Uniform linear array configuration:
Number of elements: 16
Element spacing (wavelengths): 0.5
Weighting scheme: cosine
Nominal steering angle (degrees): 15
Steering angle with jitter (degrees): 16.59
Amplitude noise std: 0.05
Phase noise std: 0.05

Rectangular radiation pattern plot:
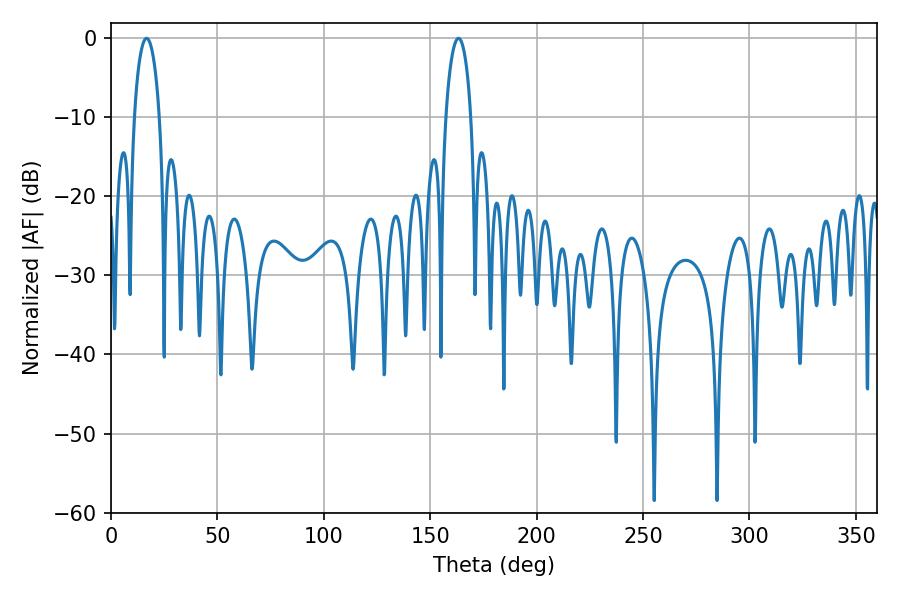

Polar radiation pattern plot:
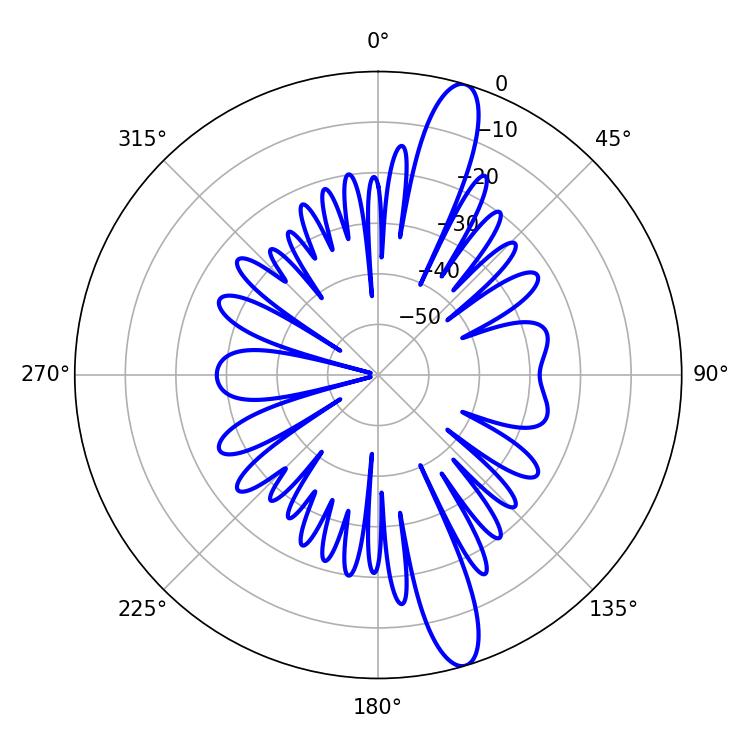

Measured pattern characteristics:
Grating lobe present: FALSE
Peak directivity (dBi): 14.264
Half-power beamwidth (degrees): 6.84
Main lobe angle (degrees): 16.74